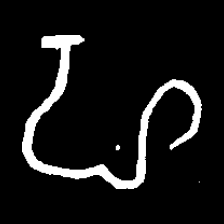
Pyu character \u2014 Myanmar letter: ဟ (romanized: ha)